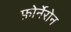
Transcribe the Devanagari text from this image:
फ़ोर्नेरोन